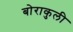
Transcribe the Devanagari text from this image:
बोराकुली